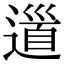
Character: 𨕥